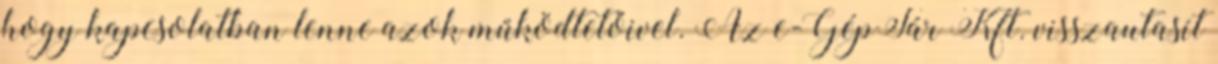
hogy kapcsolatban lenne azok működtetőivel. Az e-GépTár Kft. visszautasít